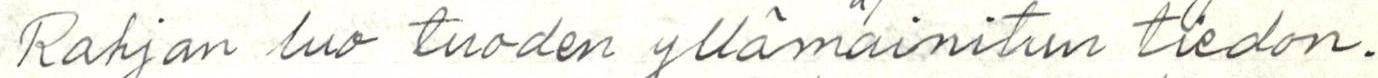
Rahjan luo tuoden yllämainitun tiedon.